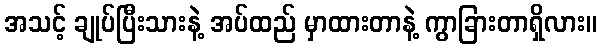
အသင့် ချုပ်ပြီးသားနဲ့ အပ်ထည် မှာထားတာနဲ့ ကွာခြားတာရှိလား။